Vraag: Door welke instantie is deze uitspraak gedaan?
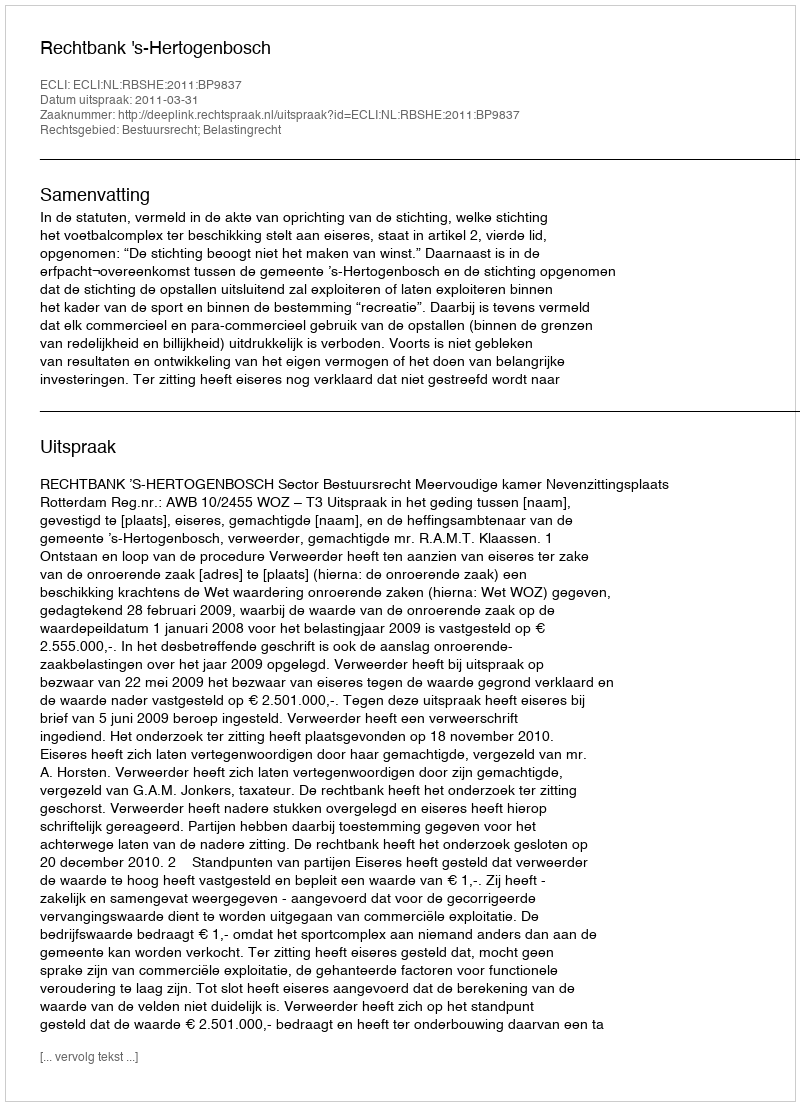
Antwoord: Rechtbank 's-Hertogenbosch